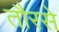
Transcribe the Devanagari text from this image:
तौरसे